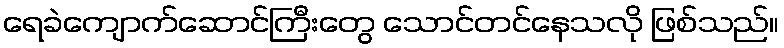
ရေခဲကျောက်ဆောင်ကြီးတွေ သောင်တင်နေသလို ဖြစ်သည်။